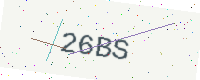
Text: 26BS